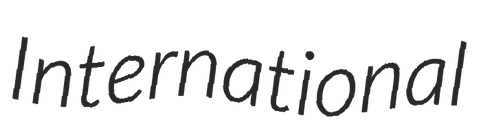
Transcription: International